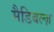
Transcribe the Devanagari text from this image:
मैडिबल्ज़